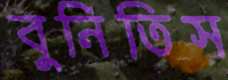
বুনিতিস